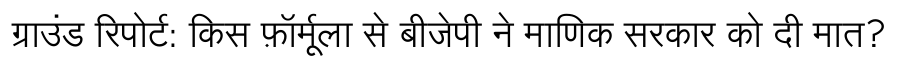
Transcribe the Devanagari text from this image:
ग्राउंड रिपोर्ट: किस फ़ॉर्मूला से बीजेपी ने माणिक सरकार को दी मात?